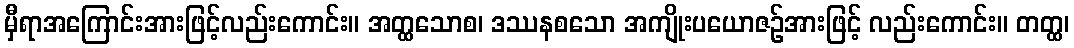
မှီရာအကြောင်းအားဖြင့်လည်းကောင်း။ အတ္ထသောစ၊ ဒဿနစသော အကျိုးပယောဇဉ်အားဖြင့် လည်းကောင်း။ တတ္ထ၊